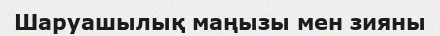
Шаруашылық маңызы мен зияны